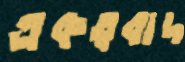
একত্ববাদ